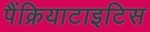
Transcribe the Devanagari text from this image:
पैंक्रियाटाइटिस